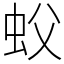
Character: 蚥